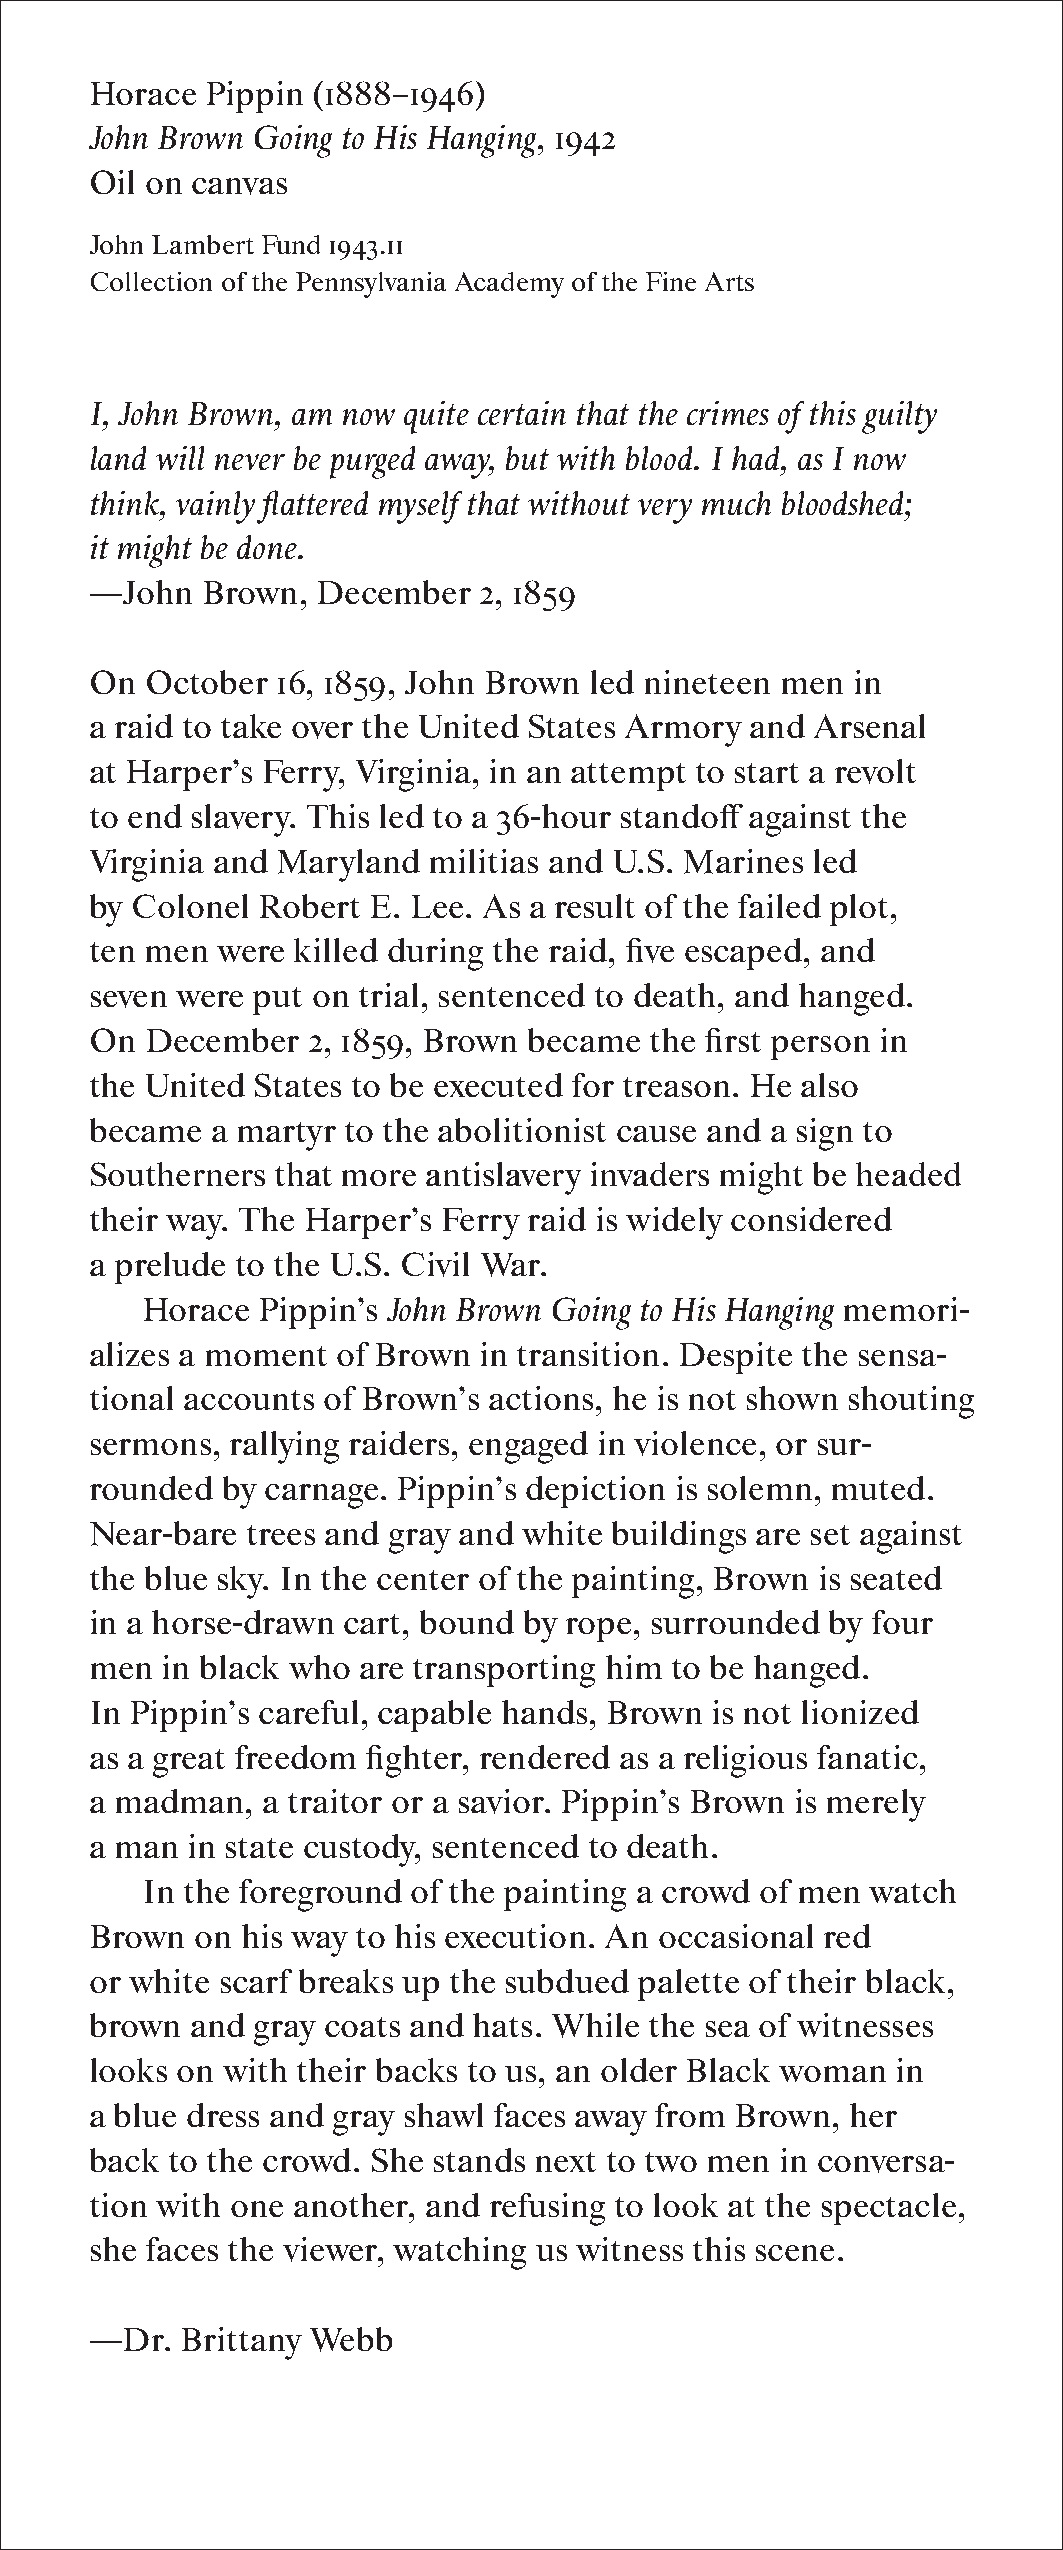
Horace  Pippin (1888–1946)
 John Brown Going to His Hanging, 1942
 Oil on canvas
 John Lambert Fund 1943.11
 Collection of the Pennsylvania Academy of the Fine Arts
 I, John Brown, am now quite certain that the crimes of this guilty
 land will never be purged away, but with blood. I had, as I now
 think, vainly flattered myself that without very much bloodshed;
 it might be done.
 —John  Brown,  December   2, 1859
 On  October 16, 1859, John Brown led nineteen men in
 a raid to take over the United States Armory and Arsenal
 at Harper’s Ferry, Virginia, in an attempt to start a revolt
 to end slavery. This led to a 36-hour standoff against the
 Virginia and Maryland militias and U.S. Marines led
 by Colonel Robert E. Lee. As a result of the failed plot,
 ten men were killed during the raid, five escaped, and
 seven were put on trial, sentenced to death, and hanged.
 On  December  2, 1859, Brown became  the first person in
 the United States to be executed for treason. He also
 became  a martyr to the abolitionist cause and a sign to
 Southerners that more antislavery invaders might be headed
 their way. The Harper’s Ferry raid is widely considered
 a prelude to the U.S. Civil War.
 Horace  Pippin’s John Brown Going to His Hanging memori-
 alizes a moment of Brown  in transition. Despite the sensa-
 tional accounts of Brown’s actions, he is not shown shouting
 sermons, rallying raiders, engaged in violence, or sur-
 rounded  by carnage. Pippin’s depiction is solemn, muted.
 Near-bare trees and gray and white buildings are set against
 the blue sky. In the center of the painting, Brown is seated
 in a horse-drawn cart, bound by rope, surrounded by four
 men  in black who are transporting him to be hanged.
 In Pippin’s careful, capable hands, Brown is not lionized
 as a great freedom fighter, rendered as a religious fanatic,
 a madman,  a traitor or a savior. Pippin’s Brown is merely
 a man in state custody, sentenced to death.
 In the foreground of the painting a crowd of men watch
 Brown  on his way to his execution. An occasional red
 or white scarf breaks up the subdued palette of their black,
 brown  and gray coats and hats. While the sea of witnesses
 looks on with their backs to us, an older Black woman in
 a blue dress and gray shawl faces away from Brown, her
 back to the crowd. She stands next to two men in conversa-
 tion with one another, and refusing to look at the spectacle,
 she faces the viewer, watching us witness this scene.
 —Dr.  Brittany Webb